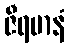
ဇီရမာနံ